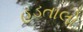
હડતાલો